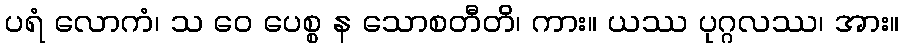
ပရံ လောကံ၊ သ ဝေ ပေစ္စ န သောစတီတိ၊ ကား။ ယဿ ပုဂ္ဂလဿ၊ အား။